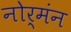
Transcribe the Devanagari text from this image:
नोर्मंन